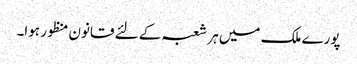
پورے ملک میں ہر شعبہ کے لئے قانون منظور ہوا۔